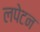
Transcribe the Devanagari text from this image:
लपेटन